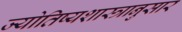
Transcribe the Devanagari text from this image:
ज्योतिष्यशास्त्रानुसार